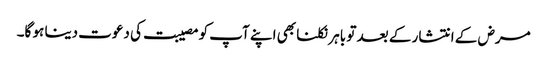
مرض کے انتشار کے بعد تو باہر نکلنا بھی اپنے آپ کو مصیبت کی دعوت دینا ہو گا۔